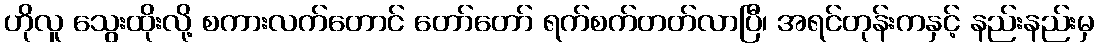
ဟိုလူ သွေးထိုးလို့ စကားလက်တောင် တော်တော် ရက်စက်တတ်လာပြီ၊ အရင်တုန်းကနှင့် နည်းနည်းမှ